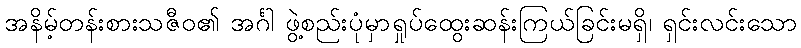
အနိမ့်တန်းစားသဇီဝ၏ အင်္ဂါ ဖွဲ့စည်းပုံမှာရှုပ်ထွေးဆန်းကြယ်ခြင်းမရှိ၊ ရှင်းလင်းသော